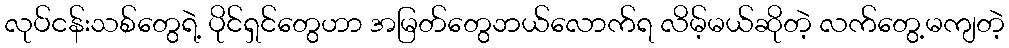
လုပ်ငန်းသစ်တွေရဲ့ ပိုင်ရှင်တွေဟာ အမြတ်တွေဘယ်လောက်ရ လိမ့်မယ်ဆိုတဲ့ လက်တွေ့မကျတဲ့